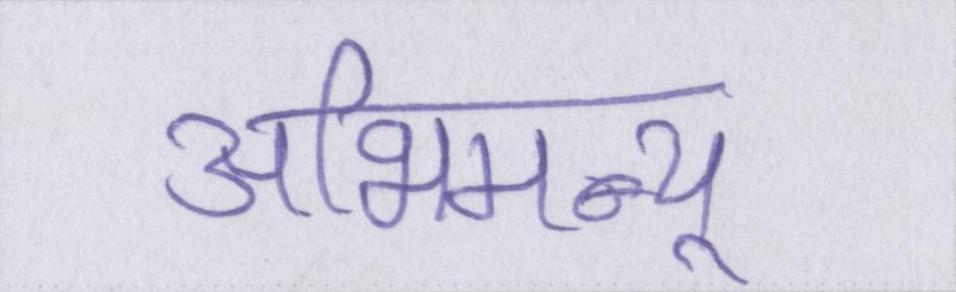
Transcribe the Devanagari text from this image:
अभिमन्यू